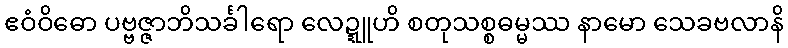
ဧဝံဝိဓော ပဗ္ဗဇ္ဇာဘိသင်္ခါရော လေဍ္ဍူဟိ စတုသစ္စဓမ္မဿ နာမော သေခဗလာနိ